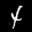
Label: 4